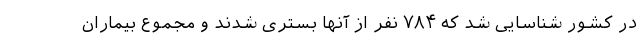
در کشور شناسایی شد که ۷۸۴ نفر از آنها بستری شدند و مجموع بیماران